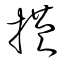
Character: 横